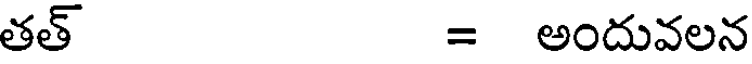
తత్ = అందువలన